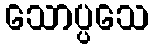
သောပ္ပသေ